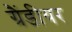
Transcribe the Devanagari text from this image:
ग्रैंडीयर